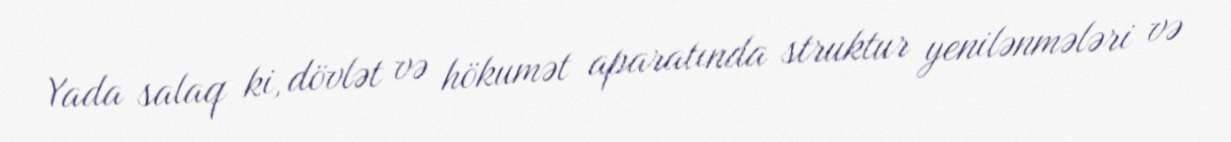
Yada salaq ki, dövlət və hökumət aparatında struktur yenilənmələri və